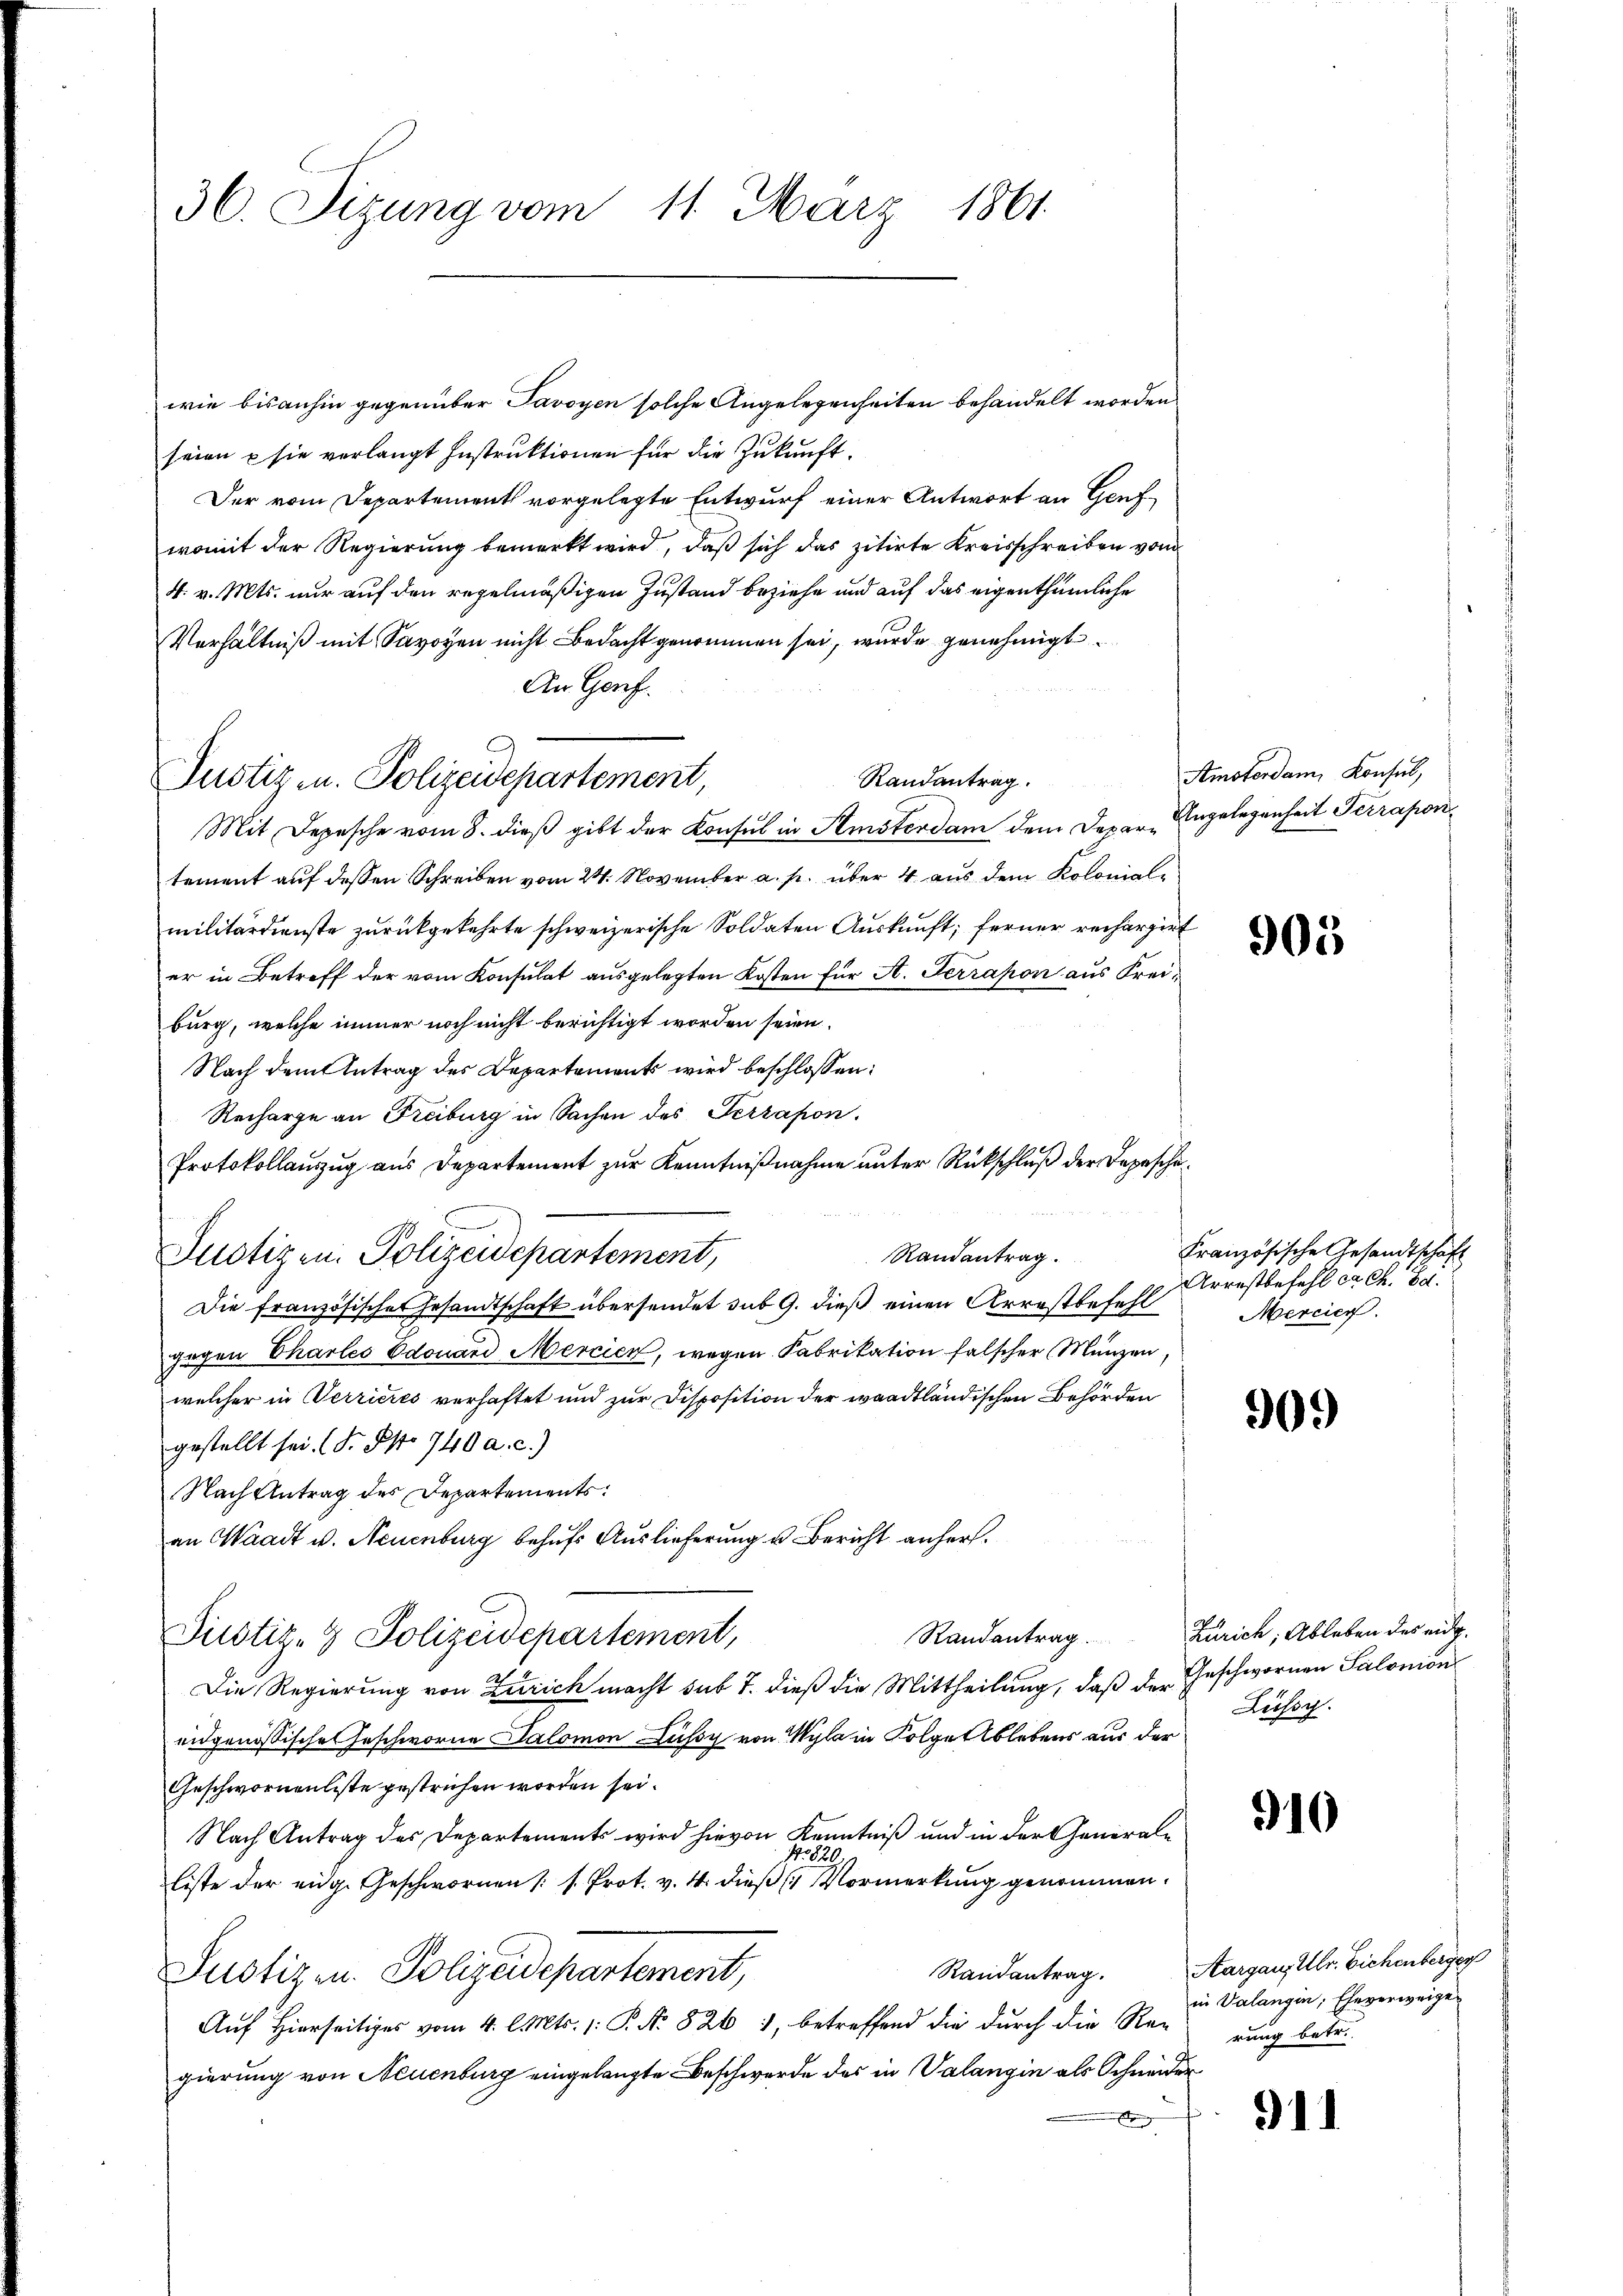
36. Sizung vom 11. März 1861

wie bisanhin gegenüber Javoyen solche Angelegenheiten behandelt worden
seien u sie verlangt Instruktionen für die Zukunft.
Der vom Departement vorgelegte Entwurf einer Antwort an Genfwomit der Regierung bemerkt wird, daß sich das zitirte Kreisschreiben vom
4. v. Mts. nur auf den regelmäßigen Zustand beziehe und auf das eigenthümliche
Verhältniß mit Savoyen nicht Bedacht genommen sei, wurde genehmigt.
An Genf.
Randantrag.
Mit Depesche vom 8. dieß gibt der Konsul in Semsterdam dem Depar-Angelegenheit Terrapontement auf dessen Schreiben vom 24. November a. p. über 4 aus dem Kolonialmilitärdienste zurückgekehrte schweizerische Soldaten Auskunft; ferner rechargirt
er in Betreff der vom Konsulat ausgelegten Kosten für A. Terrapon aus Freiburg, welche immer noch nicht berichtigt worden seien.
Nach dem Antrag des Departement wird beschlossen:
Recharge an Freiburg in Sachen des Terrapon.
Protokollanzug aus Departement zur Kenntnißnahme unter Rückschluß der Depesche¬
Randantrag.
Die französisches Gesandtschaft übersendet sub 9. dieß einen Arrestbefehl
gegen Charles Edouard Mercier, wegen Fabrikation falscher Münzen,
welcher in Verrieres verhaftet und zur Disposition der waadtländischen Behörden
gestellt sei. (T. So 740 a. c.)
Nach Antrag des Departements
an Waadt v. Neuenburg behufs Auslieferung u. Bericht anhers.
Pustiz- & Polizeidepartement,
Die Regierung von Zürich macht sub 7. dieß die Mittheilung, daß der Geschwornen Salonion
eidgenössische Geschworne Salomon Lussy von Wyla in Folger lebens aus der
Geschwornenliste gestrichen worden sei.
Nach Antrag des Departements wird hievon Kenntniß und in der General¬
1820
liste der eidg. Geschwornen (s. Prot. v. 4. dieß Vormerkung genommen.
Randantrag.
Justizen. Polizeidepartement,
Auf hierseitiges vom 4. l. Mts. 1: P. Nr. 826 1, betreffend die durch die Re-
gierung von Neuenburg eingelangte Beschwerde des in Valangin als Schneider

Justiz u. Polizeidepartement,

Justizen. Polizeidepartement,

Amotordann Konsul,

905

Französische Gesandtschaft
rrestbefehl ca Ch. Bd.
Mercier

90.)

Randantrag Zürich, Ableben des eidg.
Lüssig.

910

Aargau, Ulr. Bichenberger
in Valangin, Eheverweige
rung betr.

911